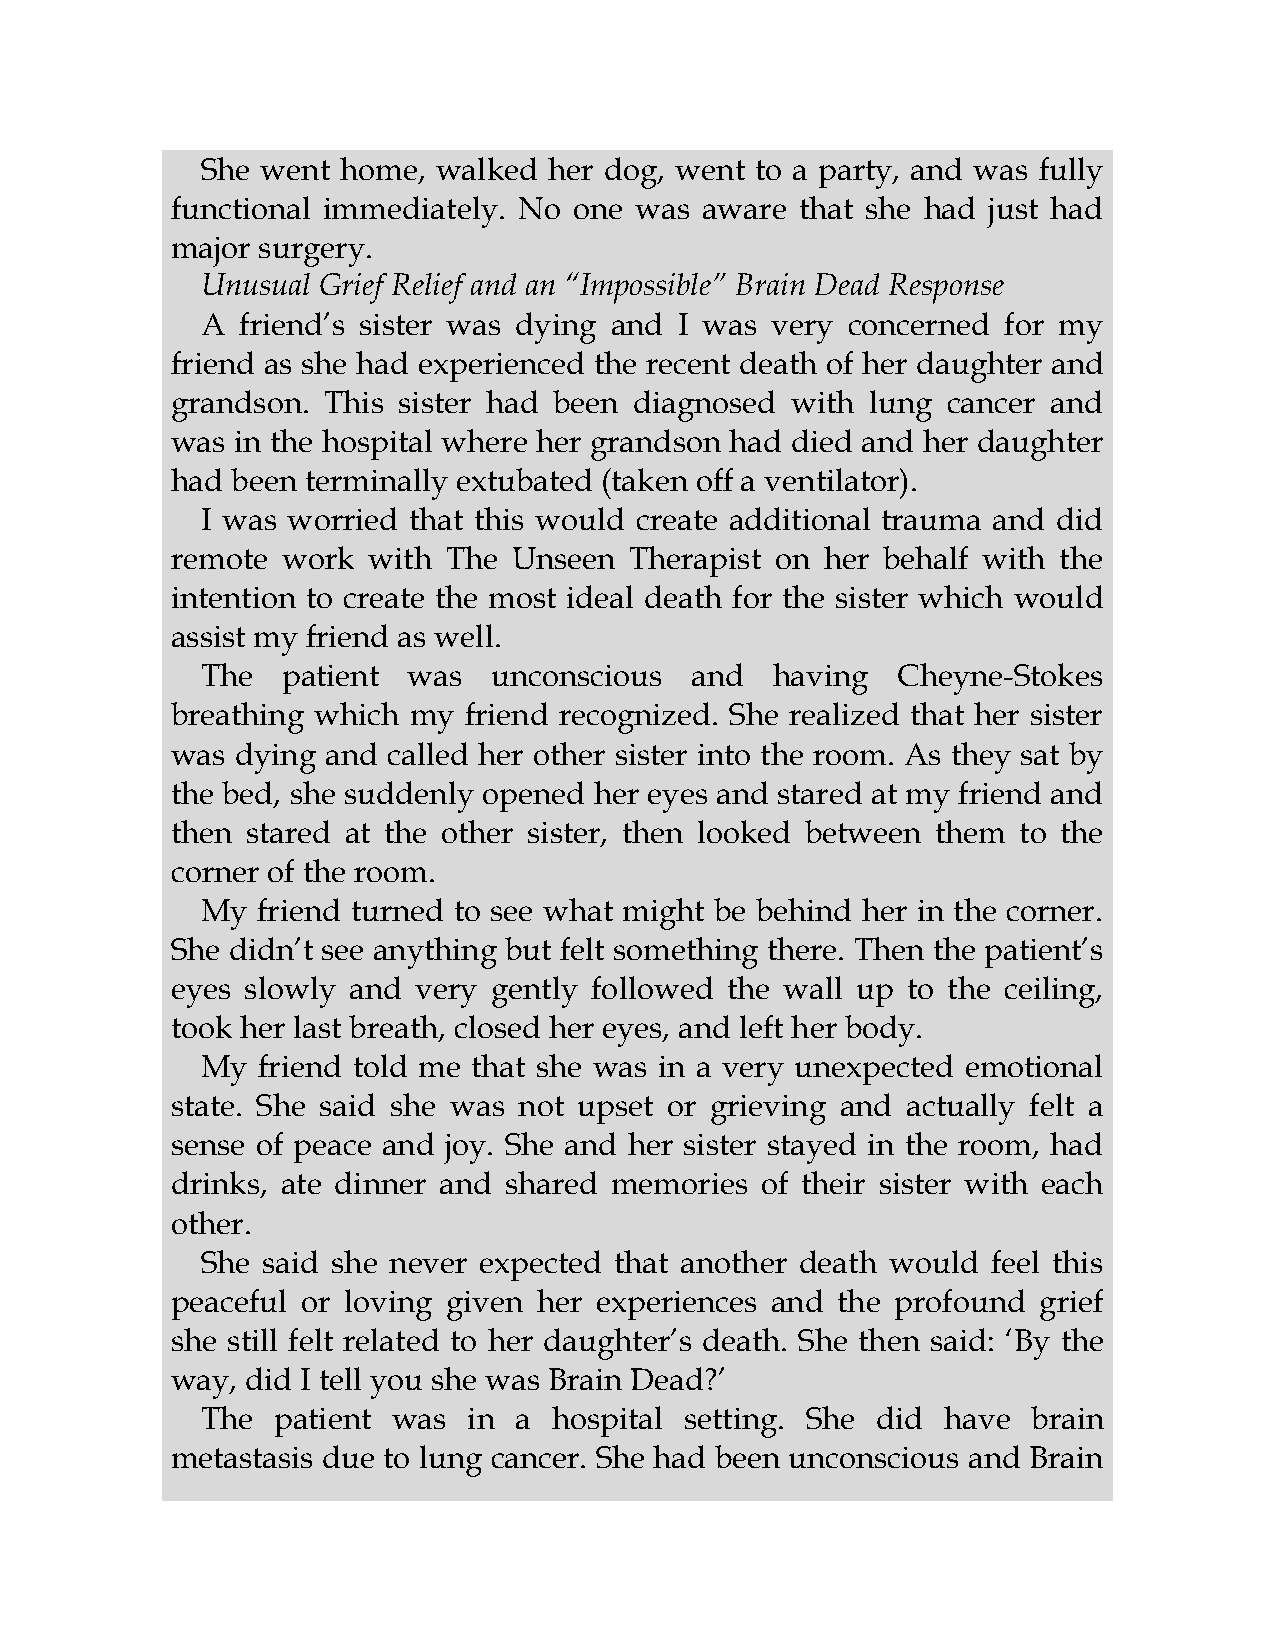
She went  home, walked her dog, went to a party, and was fully
 functional immediately. No one was aware  that she had just had
 major surgery.
 Unusual Grief Relief and an “Impossible” Brain Dead Response
 A  friend’s sister was dying and I was very concerned for my
 friend as she had experienced the recent death of her daughter and
 grandson. This sister had been diagnosed with  lung cancer and
 was in the hospital where her grandson had died and her daughter
 had been terminally extubated (taken off a ventilator).
 I was worried that this would create additional trauma and did
 remote  work with The  Unseen  Therapist on her behalf with the
 intention to create the most ideal death for the sister which would
 assist my friend as well.
 The   patient was   unconscious  and  having  Cheyne-Stokes
 breathing which my  friend recognized. She realized that her sister
 was  dying and called her other sister into the room. As they sat by
 the bed, she suddenly opened her eyes and stared at my friend and
 then stared at the other sister, then looked between them to the
 corner of the room.
 My  friend turned to see what might be behind her in the corner.
 She didn’t see anything but felt something there. Then the patient’s
 eyes slowly and  very gently followed the wall up to the ceiling,
 took her last breath, closed her eyes, and left her body.
 My  friend told me that she was in a very unexpected emotional
 state. She said she was not upset or grieving and actually felt a
 sense of peace and joy. She and her sister stayed in the room, had
 drinks, ate dinner and shared memories of their sister with each
 other.
 She said she never expected that another death would feel this
 peaceful or loving given her experiences and the profound grief
 she still felt related to her daughter’s death. She then said: ‘By the
 way, did I tell you she was Brain Dead?’
 The  patient was  in a  hospital setting. She did have brain
 metastasis due to lung cancer. She had been unconscious and Brain